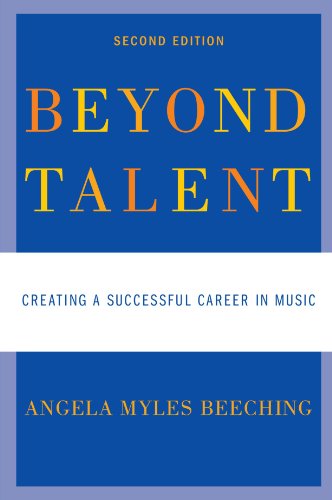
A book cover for Beyond Talent: Creating a Successful Career in Music; Angela Myles Beeching; Arts & Photography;